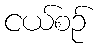
ငယ်စဉ်